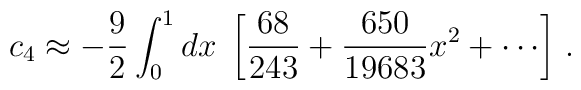
c_4 \approx - \frac{9}{2} \int_0^1 dx \;\left[\frac{68}{243}  + \frac{650}{19683}  x^2 + \cdots \right]\,.